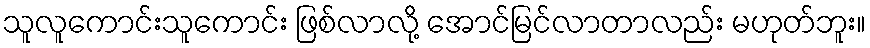
သူလူကောင်းသူကောင်း ဖြစ်လာလို့ အောင်မြင်လာတာလည်း မဟုတ်ဘူး။